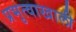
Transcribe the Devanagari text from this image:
प्रभुत्वाखाली